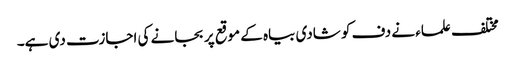
مختلف علماء نے دف کو شادی بیاہ کے موقع پر بجانے کی اجازت دی ہے۔